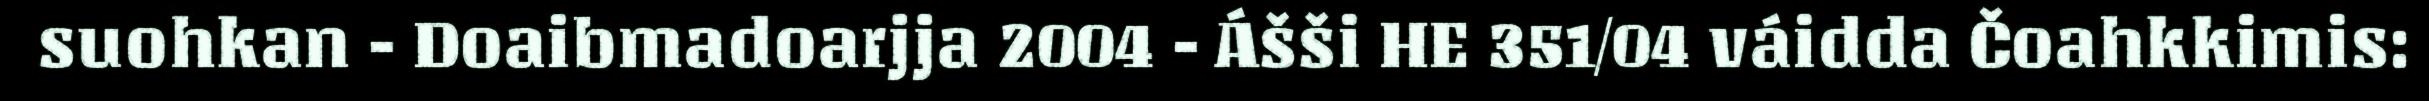
suohkan - Doaibmadoarjja 2004 - Ášši HE 351/04 váidda Čoahkkimis: